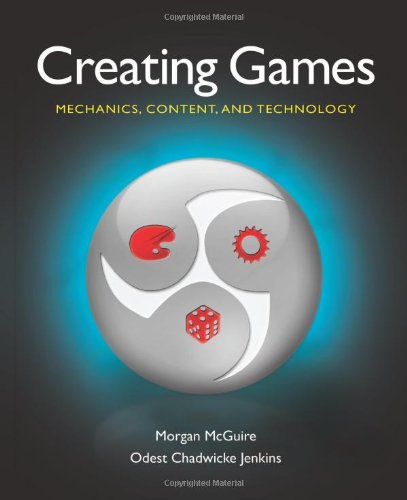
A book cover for Creating Games: Mechanics, Content, and Technology; Morgan McGuire; Computers & Technology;